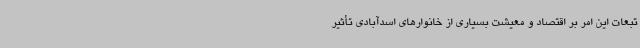
تبعات این امر بر اقتصاد و معیشت بسیاری از خانوارهای اسدآبادی تأثیر